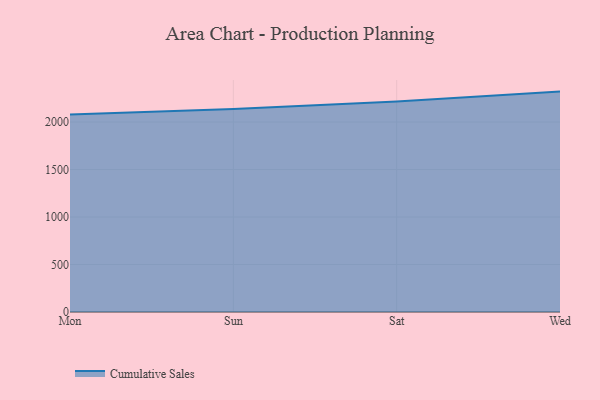
{"axis": {"x": "Day", "y": "Waste Production (Tons)"}, "legend": ["Cumulative Sales"], "data": [{"x": "Mon", "y": 2080.0, "type": "Cumulative Sales"}, {"x": "Sun", "y": 2136.9, "type": "Cumulative Sales"}, {"x": "Sat", "y": 2215.2, "type": "Cumulative Sales"}, {"x": "Wed", "y": 2320.5, "type": "Cumulative Sales"}]}